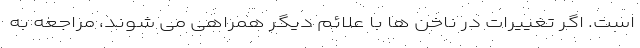
است. اگر تغییرات در ناخن ها با علائم دیگر همراهی می شوند، مراجعه به